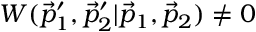
W ( \vec { p } _ { 1 } ^ { \prime } , \vec { p } _ { 2 } ^ { \prime } | \vec { p } _ { 1 } , \vec { p } _ { 2 } ) \neq 0